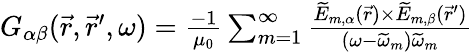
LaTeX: \begin{array}{r}{G_{\alpha\beta}(\vec{r},\vec{r}^{\prime},\omega)=\frac{-1}{\mu_{0}}\sum_{m=1}^{\infty}\frac{\widetilde{E}_{m,\alpha}(\vec{r})\times\widetilde{E}_{m,\beta}(\vec{r}^{\prime})}{(\omega-\widetilde{\omega}_{m})\widetilde{\omega}_{m}}}\end{array}